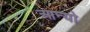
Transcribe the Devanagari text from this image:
आन्‍यो